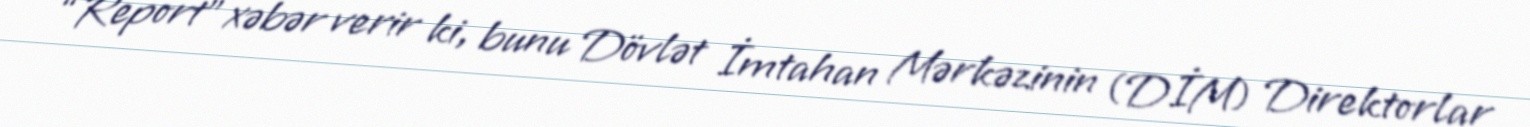
“Report” xəbər verir ki, bunu Dövlət İmtahan Mərkəzinin (DİM) Direktorlar